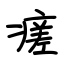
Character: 瘥